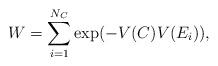
\begin{align*}W = \sum _{i=1}^{N_C} \hbox{exp} (- V(C)V(E_i)),\end{align*}